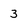
Character: 3